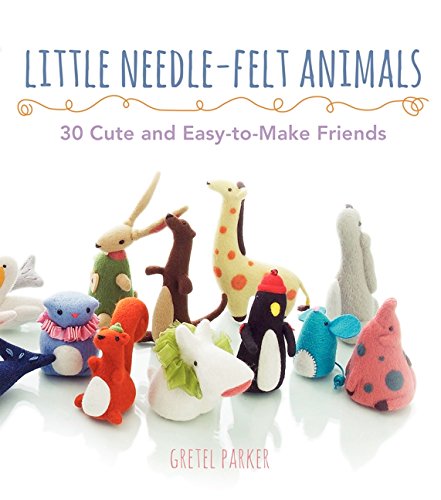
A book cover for Little Needle-Felt Animals: 30 Cute and Easy-to-Make Friends; Gretel Parker; Crafts, Hobbies & Home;